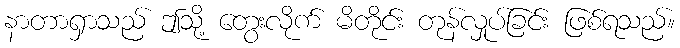
နာတာရှာသည် ဤသို့ တွေးလိုက် မိတိုင်း တုန်လှုပ်ခြင်း ဖြစ်ရသည်။